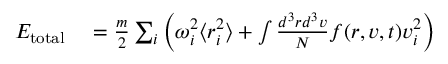
\begin{array} { r l } { E _ { \mathrm { t o t a l } } } & { { } = \frac { m } { 2 } \sum _ { i } \left( \omega _ { i } ^ { 2 } \langle r _ { i } ^ { 2 } \rangle + \int \frac { d ^ { 3 } r d ^ { 3 } v } { N } f ( \boldsymbol { r } , \boldsymbol { v } , t ) v _ { i } ^ { 2 } \right) } \end{array}